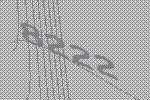
8222